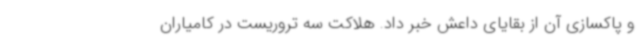
و پاکسازی آن از بقایای داعش خبر داد. هلاکت سه تروریست در کامیاران